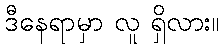
ဒီနေရာမှာ လူ ရှိလား။